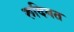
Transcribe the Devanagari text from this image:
रूदिगत